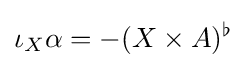
\iota _{X}\alpha =-(X\times A)^{\flat }